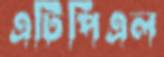
এটিপিএল